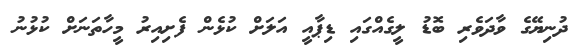
ދުނިޔޭގެ ވާދަވެރި ބޮޑު ލީގެއްގައި ޑިޕާއީ އަލަށް ކުޅެން ފެށިއިރު މީހާތަނަށް ކުޅުނު